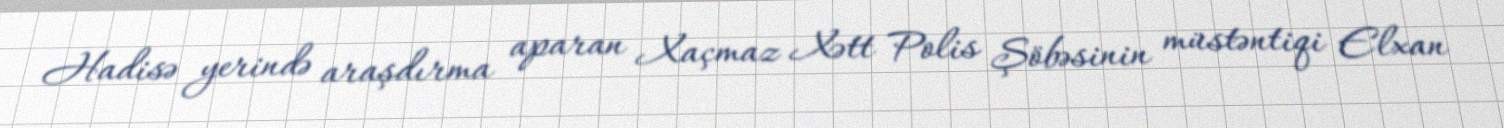
Hadisə yerində araşdırma aparan Xaçmaz Xətt Polis Şöbəsinin müstəntiqi Elxan